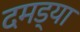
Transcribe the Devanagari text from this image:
दमड्या